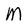
Character: M